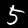
Digit: 5